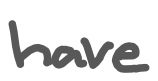
Text: have
Cross-out: clean
Writing tool: digital_gray